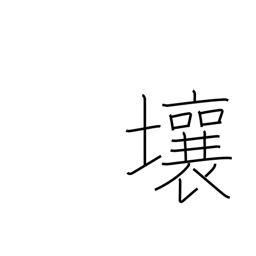
Meaning: loam